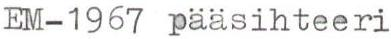
EM-1967 pääsihteeri